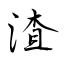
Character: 渣